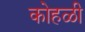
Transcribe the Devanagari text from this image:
कोहळी